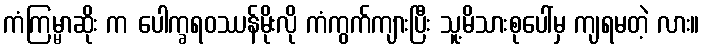
ကံကြမ္မာဆိုး က ပေါက္ခရဝဿန်မိုးလို ကံကွက်ကျားပြီး သူ့မိသားစုပေါ်မှ ကျရမတဲ့ လား။